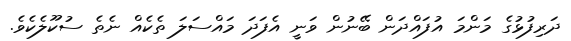
ދަރިފުޅުގެ މަންމަ އުފައްދަން ބޭނުން ވަނީ އެފަދަ މައްސަލަ ތެކެއް ނެތެ ސުކޫލެކެވެ.